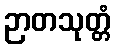
ဉာတသုတ္တံ